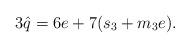
LaTeX: \begin{align*} 3 \hat{q}=6e+7 (s_3+m_3e).\end{align*}